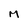
Character: m